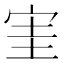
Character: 𡧩